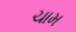
ચામ